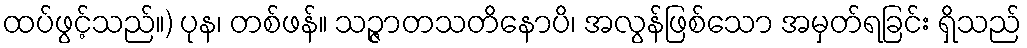
ထပ်ဖွင့်သည်။) ပုန၊ တစ်ဖန်။ သဉ္ဇာတသတိနောပိ၊ အလွန်ဖြစ်သော အမှတ်ရခြင်း ရှိသည်